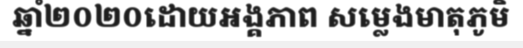
ឆ្នាំ២០២០ដោយអង្គភាព សម្លេងមាតុភូមិ